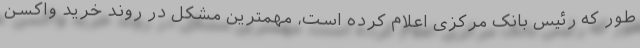
طور که رئیس بانک مرکزی اعلام کرده است، مهمترین مشکل در روند خرید واکسن